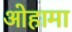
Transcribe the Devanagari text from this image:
ओहामा